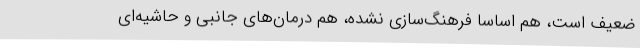
ضعیف است، هم اساساً فرهنگ‌سازی نشده، هم درمان‌های جانبی و حاشیه‌ای